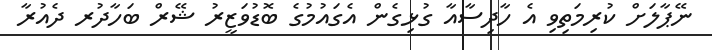
ނޭޕާލަށް ކުރިމަތިވި އެ ހާދިސާއާ ގުޅިގެން އެގައުމުގެ ބޮޑުވަޒީރު ޝޭރް ބަހާދުރ ދެއުރާ